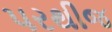
પરથીજ